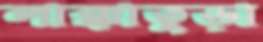
লাক্কাতুড়া